画像に写った文字を読んでください
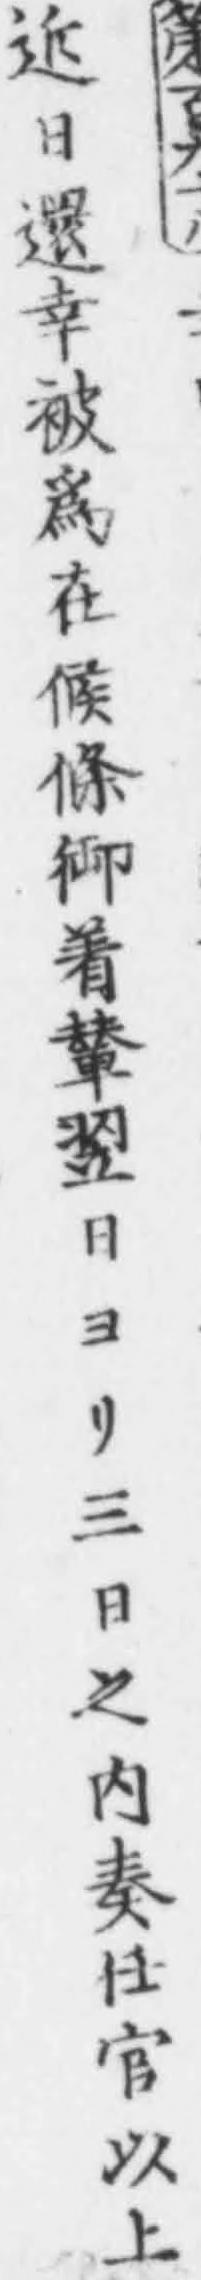
「近日還幸被爲在候條御着輦翌日ヨリ三日之内奏任官以上」と書いてあります